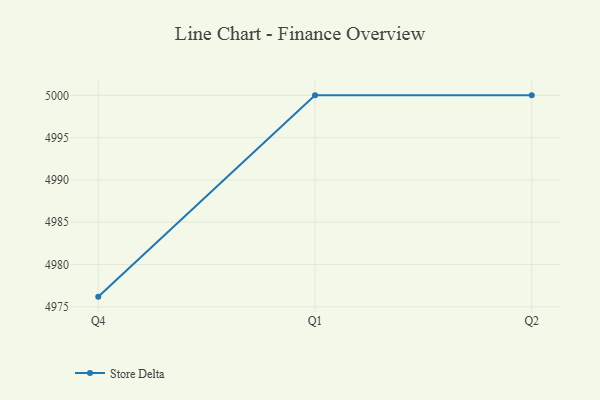
{"axis": {"x": "Quarter", "y": "Page Views"}, "legend": ["Store Delta"], "data": [{"x": "Q4", "y": 4976.2, "type": "Store Delta"}, {"x": "Q1", "y": 5000, "type": "Store Delta"}, {"x": "Q2", "y": 5000, "type": "Store Delta"}]}